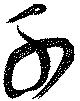
千